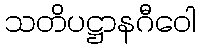
သတိပဋ္ဌာနဂီဝေါ